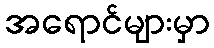
အရောင်များမှာ